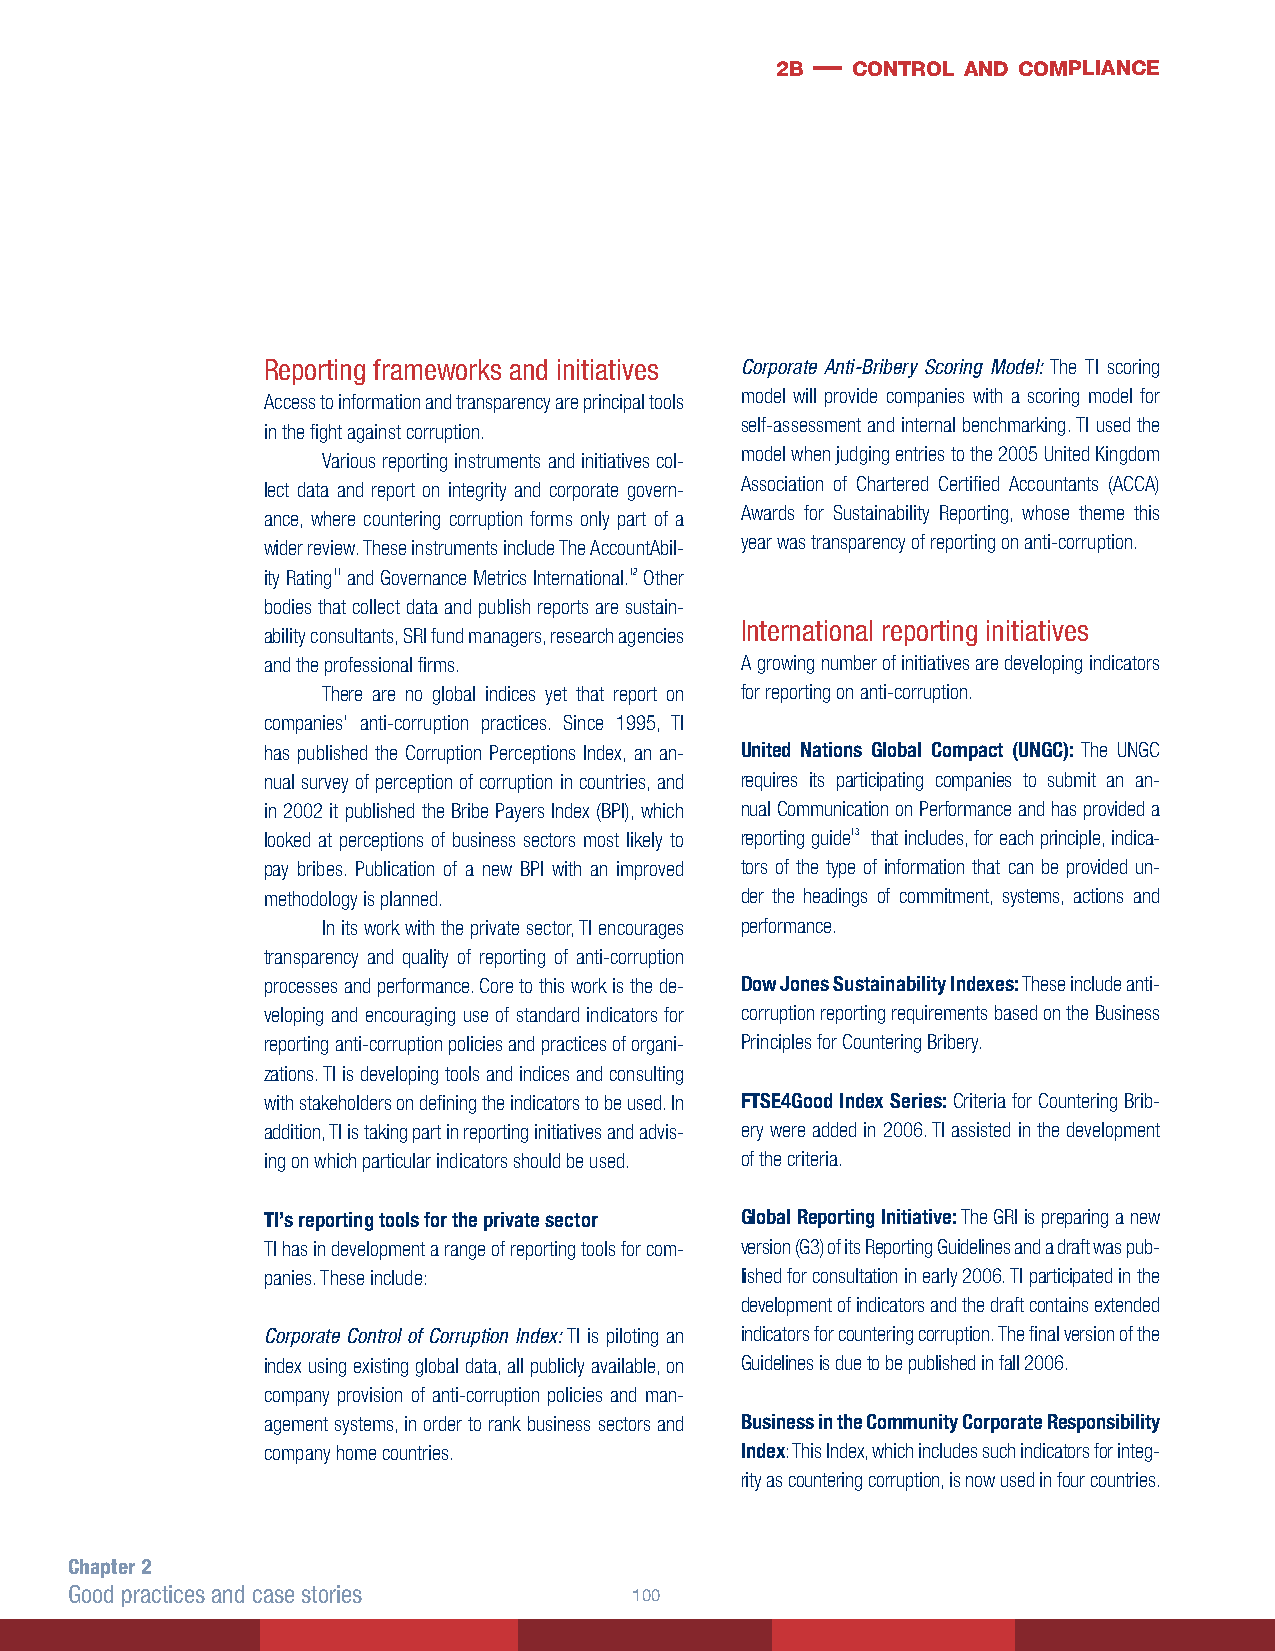
2b — control and compliance
 Reporting frameworks and initiatives Corporate Anti-Bribery Scoring Model: The TI scoring
 model will provide companies with a scoring model for
 Access to information and transparency are principal tools
 self-assessment and internal benchmarking. TI used the
 in the fight against corruption.
 model when judging entries to the 2005 United Kingdom
 Various reporting instruments and initiatives col-
 Association of Chartered Certified Accountants (ACCA)
 lect data and report on integrity and corporate govern-
 Awards for Sustainability Reporting, whose theme this
 ance, where countering corruption forms only part of a
 year was transparency of reporting on anti-corruption.
 wider review. These instruments include The AccountAbil-
 ity Rating11 and Governance Metrics International.12 Other
 bodies that collect data and publish reports are sustain-
 International reporting initiatives
 ability consultants, SRI fund managers, research agencies
 and the professional firms.     A growing number of initiatives are developing indicators
 There are no global indices yet that report on for reporting on anti-corruption.
 companies’ anti-corruption practices. Since 1995, TI
 has published the Corruption Perceptions Index, an an- United Nations Global Compact (UNGC): The UNGC
 nual survey of perception of corruption in countries, and requires its participating companies to submit an an-
 in 2002 it published the Bribe Payers Index (BPI), which nual Communication on Performance and has provided a
 looked at perceptions of business sectors most likely to reporting guide13 that includes, for each principle, indica-
 pay bribes. Publication of a new BPI with an improved tors of the type of information that can be provided un-
 methodology is planned.         der the headings of commitment, systems, actions and
 In its work with the private sector, TI encourages performance.
 transparency and quality of reporting of anti-corruption
 processes and performance. Core to this work is the de- Dow Jones Sustainability Indexes: These include anti-
 veloping and encouraging use of standard indicators for corruption reporting requirements based on the Business
 reporting anti-corruption policies and practices of organi- Principles for Countering Bribery.
 zations. TI is developing tools and indices and consulting
 with stakeholders on defining the indicators to be used. In FTSE4Good Index Series: Criteria for Countering Brib-
 addition, TI is taking part in reporting initiatives and advis- ery were added in 2006. TI assisted in the development
 ing on which particular indicators should be used. of the criteria.
 TI’s reporting tools for the private sector Global Reporting Initiative: The GRI is preparing a new
 TI has in development a range of reporting tools for com- version (G3) of its Reporting Guidelines and a draft was pub-
 panies. These include:          lished for consultation in early 2006. TI participated in the
 development of indicators and the draft contains extended
 Corporate Control of Corruption Index: TI is piloting an indicators for countering corruption. The final version of the
 index using existing global data, all publicly available, on Guidelines is due to be published in fall 2006.
 company provision of anti-corruption policies and man-
 agement systems, in order to rank business sectors and Business in the Community Corporate Responsibility
 company home countries.         Index: This Index, which includes such indicators for integ-
 rity as countering corruption, is now used in four countries.
 Chapter 2
 Good practices and case stories      100